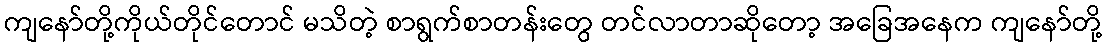
ကျနော်တို့ကိုယ်တိုင်တောင် မသိတဲ့ စာရွက်စာတန်းတွေ တင်လာတာဆိုတော့ အခြေအနေက ကျနော်တို့